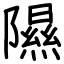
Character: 隰